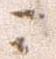
ニ